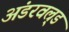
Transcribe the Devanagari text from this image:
अंडरवल्र्ड